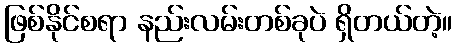
ဖြစ်နိုင်စရာ နည်းလမ်းတစ်ခုပဲ ရှိတယ်တဲ့။